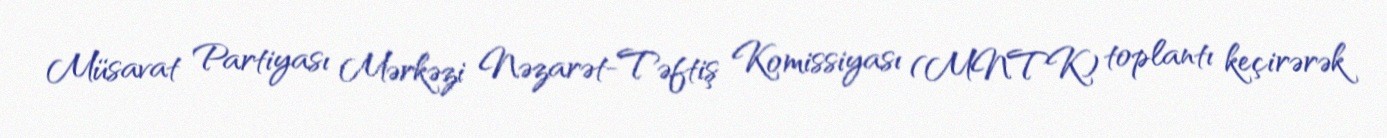
Müsavat Partiyası Mərkəzi Nəzarət-Təftiş Komissiyası (MNTK) toplantı keçirərək